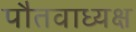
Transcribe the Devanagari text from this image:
पौतवाध्यक्ष